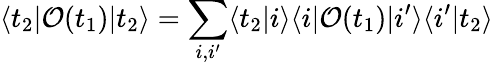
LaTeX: \langle t_{2}|{\cal O}(t_{1})|t_{2}\rangle=\sum_{i,i^{\prime}}\langle t_{2}|i\rangle\langle i|{\cal O}(t_{1})|i^{\prime}\rangle\langle i^{\prime}|t_{2}\rangle